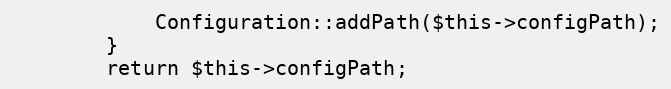
Language: PHP
            Configuration::addPath($this->configPath);
        }
        return $this->configPath;